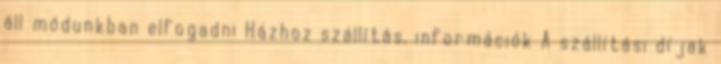
áll módunkban elfogadni Házhoz szállítás, információk A szállítási díjak